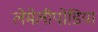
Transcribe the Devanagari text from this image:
लेमेलीपोडिया